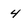
Character: 4